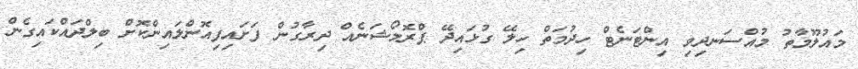
މައުލޫމާތު މުއްސަނދިވި އިންޓަނެޓް ހިދުމަތް ހިލޭ ގުޅައިދޭ ޕްރޮމޯޝަނެއް ދިރާގުން ފަށައިފިއޮންލައިންކޮށް ބިލްދައްކައިގެން